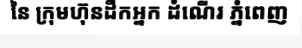
នៃ ក្រុមហ៊ុនដឹកអ្នក ដំណើរ ភ្នំពេញ